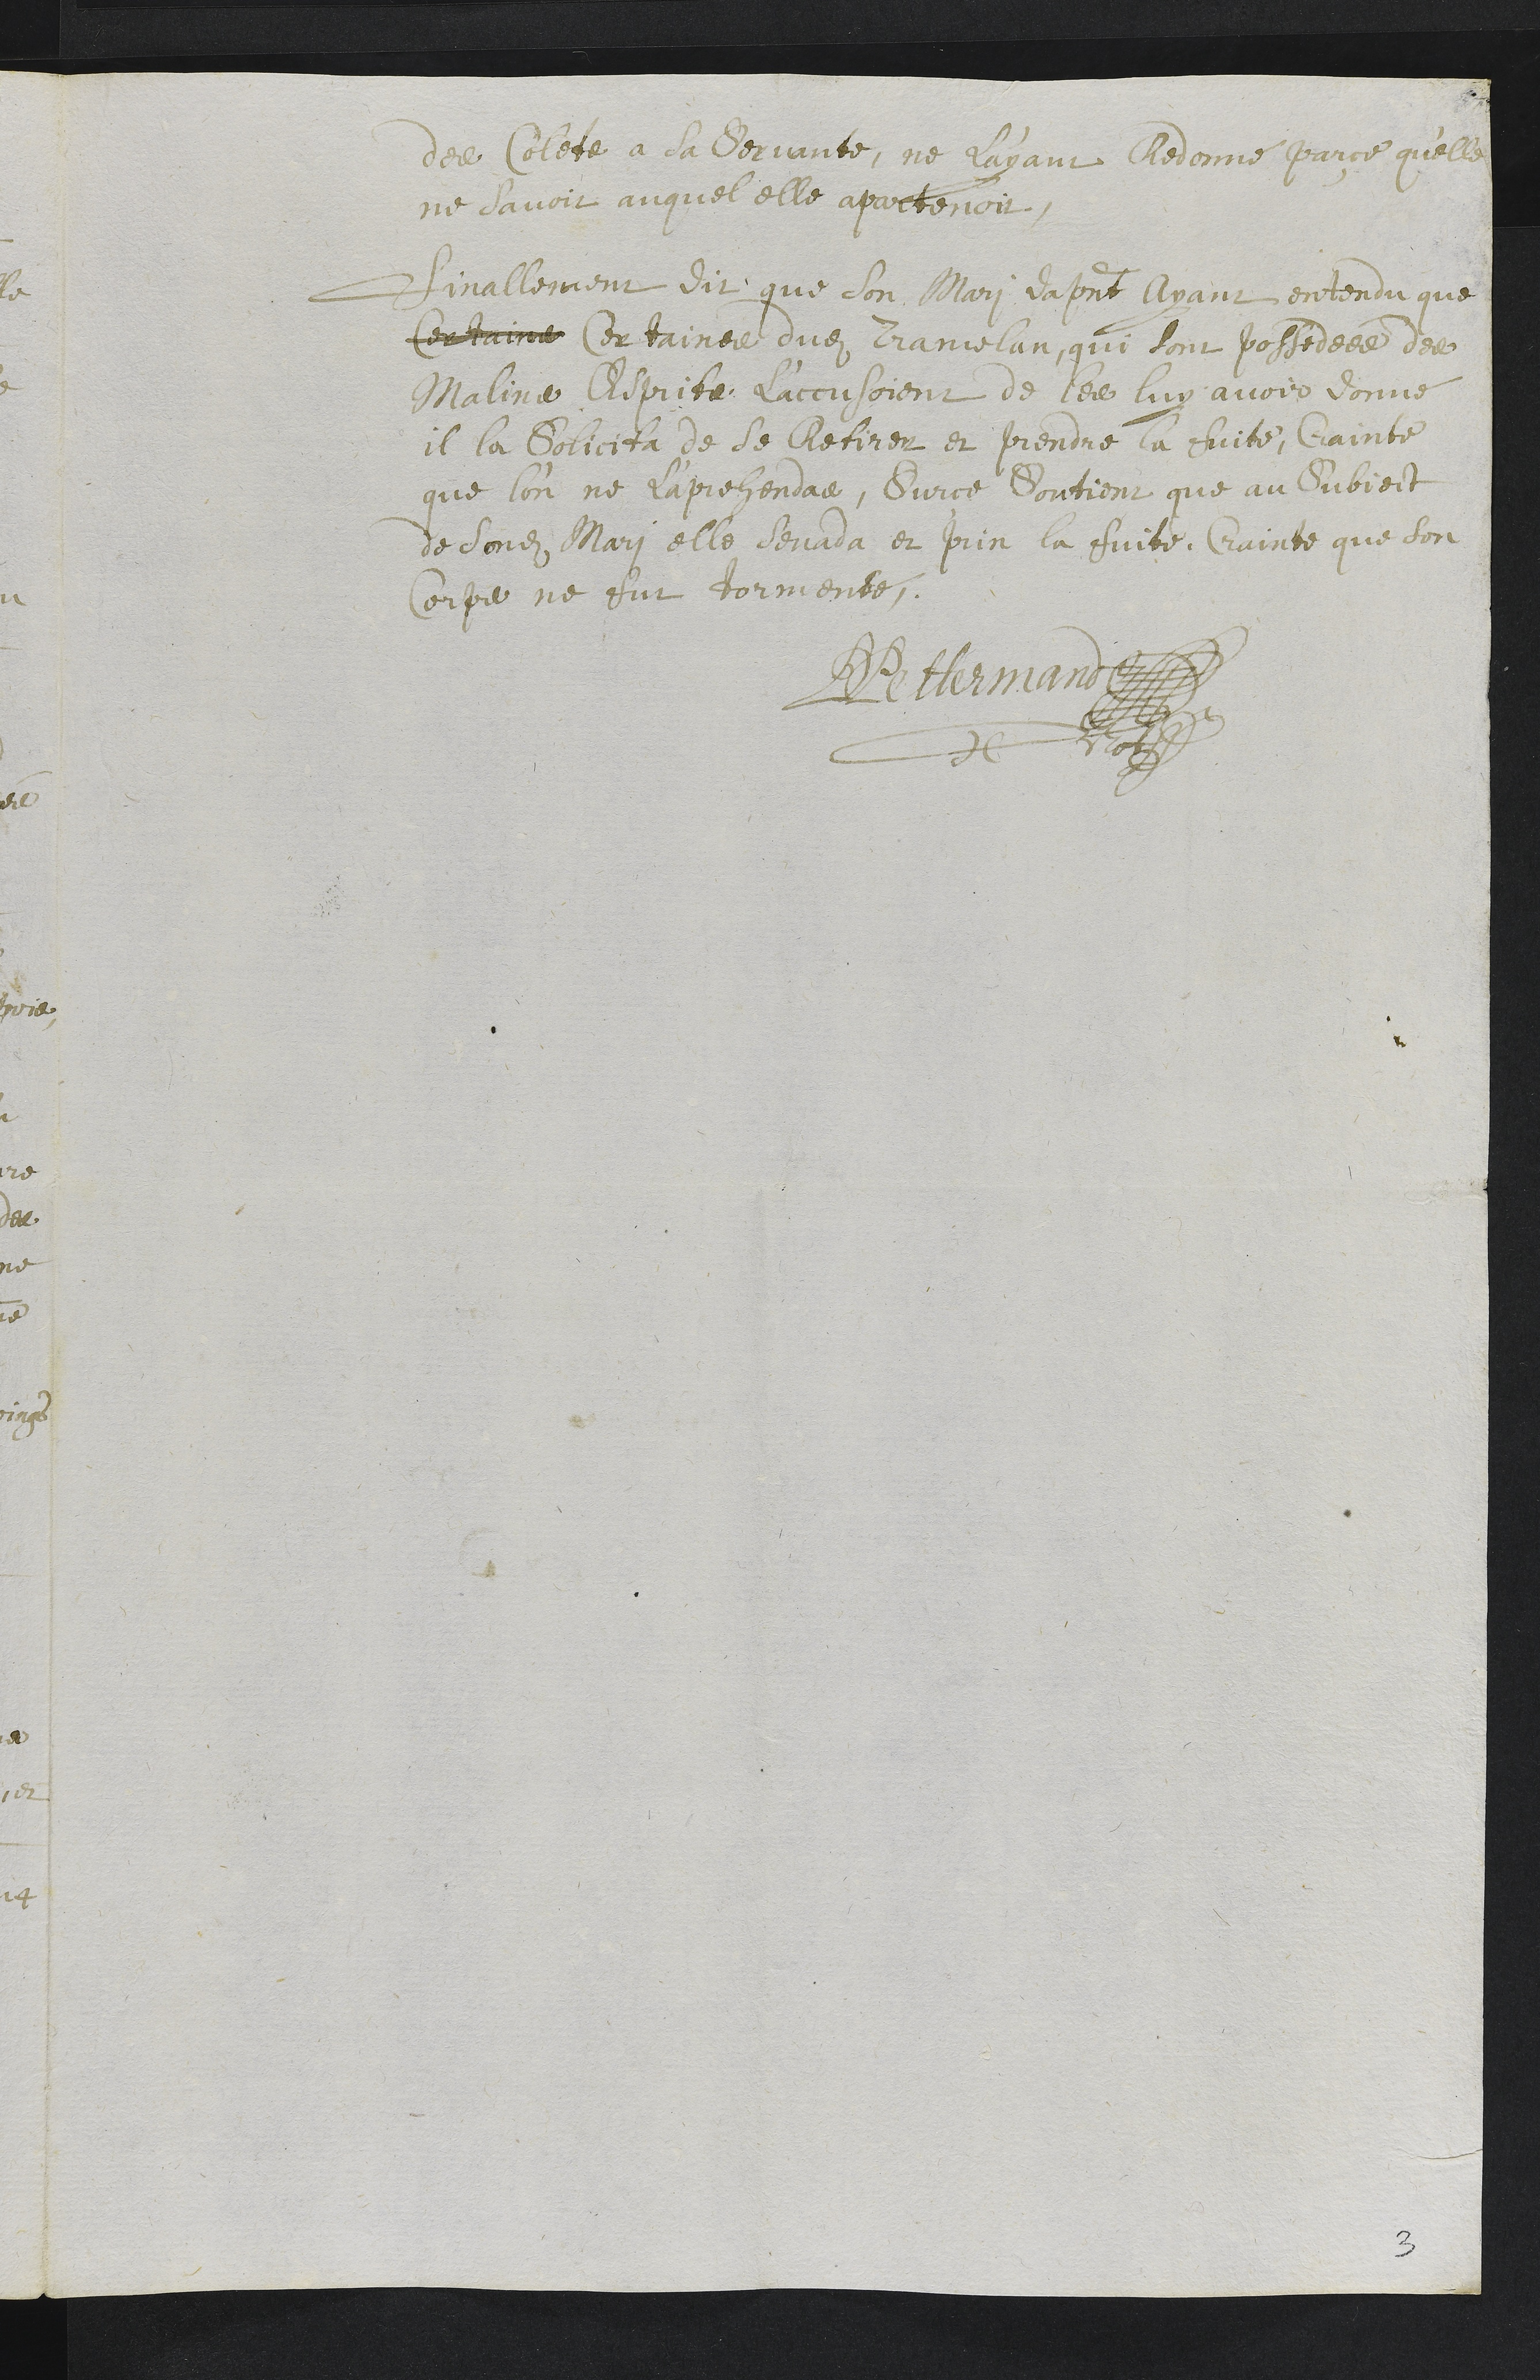
des Colete a la Serrante, ne l’ayant Redonné parce quele
ne lavoit auquel elle apartenois.
Sinallement dit que son Mari da present Nyant entendu que
Centaine Cor tainee qudit Cramelan, qui sont possedeee de
Malina Reprite laccusoient de les luy avoir donné
il la solicita de se cretirer et prendre la faiite, Cainte
que lon ne raprehendan. Sur ce dontient que au duoieit
de sondit Mari elle devada et prin la fuite, Cuinte que son
corps ne sut tormente
JeJurmum
de 10b
3